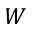
W